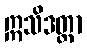
ဣသိဒတ္တာ